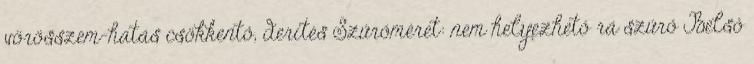
vörösszem-hatás csökkentő, derítés Szűrőméret: nem helyezhető rá szűrő Belső